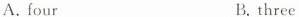
A. four B. three